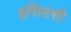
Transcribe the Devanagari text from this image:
इसिसशी